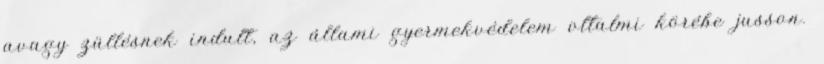
avagy züllésnek indult, az állami gyermekvédelem oltalmi körébe jusson.